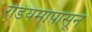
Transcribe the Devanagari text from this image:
रेडियमापासून